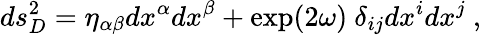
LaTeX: ds_{D}^{2}=\eta_{\alpha\beta}dx^{\alpha}dx^{\beta}+\exp(2\omega)~\delta_{ij}dx^{i}dx^{j}~,